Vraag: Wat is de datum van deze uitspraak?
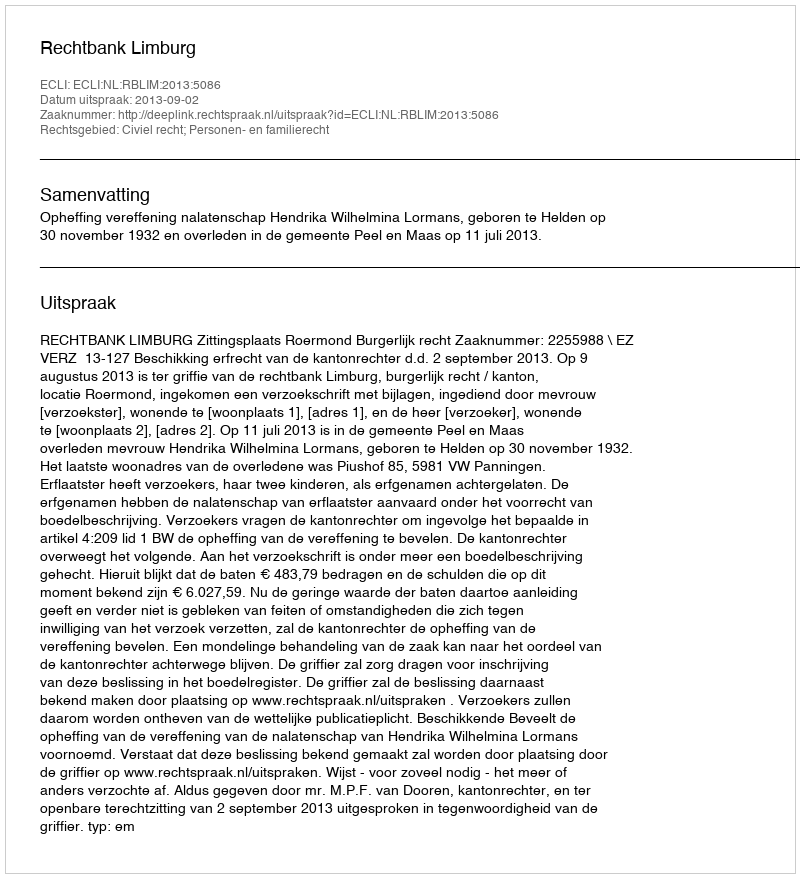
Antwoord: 2013-09-02